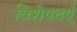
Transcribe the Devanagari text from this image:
विशेषतएँ